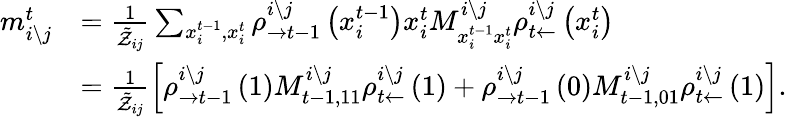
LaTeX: \begin{array}{rl}{m_{i\setminus j}^{t}}&{=\frac{1}{\tilde{\mathcal{Z}}_{ij}}\sum_{x_{i}^{t-1},x_{i}^{t}}\rho_{\rightarrow t-1}^{i\setminus j}\left(x_{i}^{t-1}\right)x_{i}^{t}M_{x_{i}^{t-1}x_{i}^{t}}^{i\setminus j}\rho_{t\leftarrow}^{i\setminus j}\left(x_{i}^{t}\right)}\\ &{=\frac{1}{\tilde{\mathcal{Z}}_{ij}}\left[\rho_{\rightarrow t-1}^{i\setminus j}\left(1\right)M_{t-1,11}^{i\setminus j}\rho_{t\leftarrow}^{i\setminus j}\left(1\right)+\rho_{\rightarrow t-1}^{i\setminus j}\left(0\right)M_{t-1,01}^{i\setminus j}\rho_{t\leftarrow}^{i\setminus j}\left(1\right)\right].}\end{array}